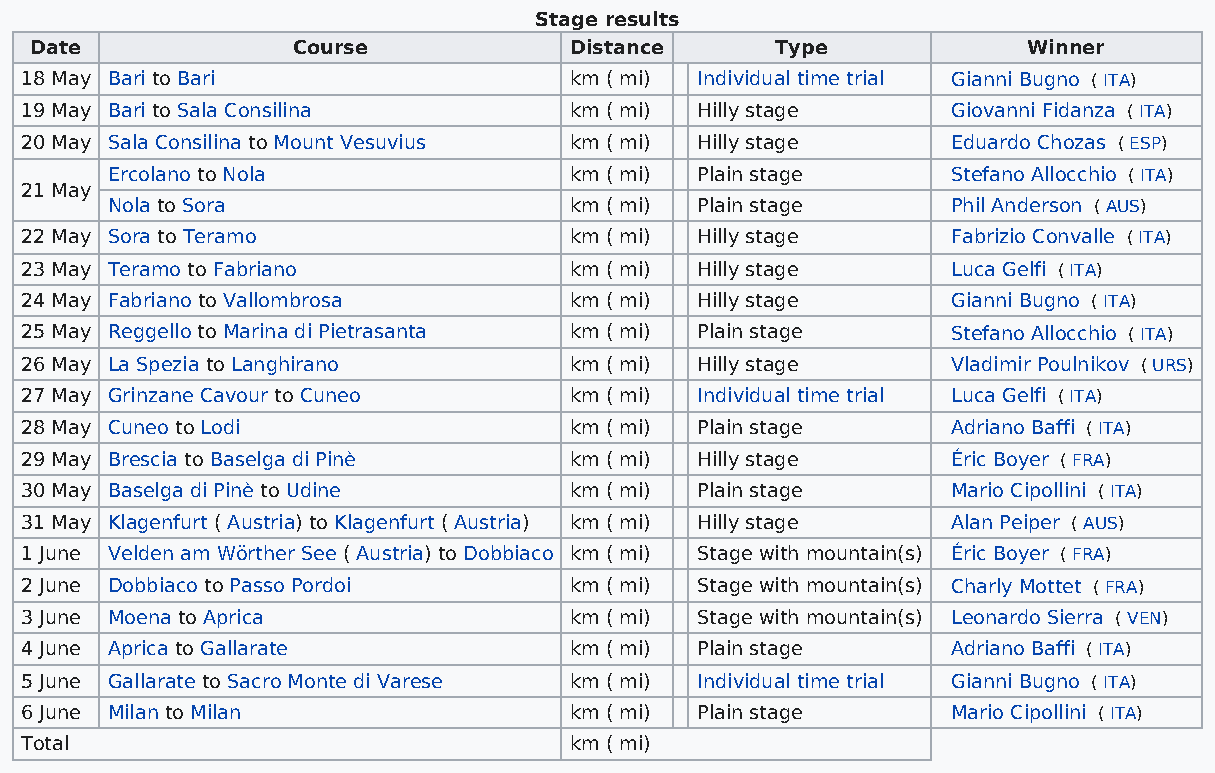
Stage results
 Date             Course             Distance     Type             Winner
 18 May Bari to Bari                  km ( mi) Individual time trial Gianni Bugno ( ITA)
 19 May Bari to Sala Consilina        km ( mi) Hilly stage     Giovanni Fidanza ( ITA)
 20 May Sala Consilina to Mount Vesuvius km ( mi) Hilly stage  Eduardo Chozas ( ESP)
 Ercolano to Nola               km ( mi) Plain stage     Stefano Allocchio ( ITA)
 21 May
 Nola to Sora                   km ( mi) Plain stage     Phil Anderson ( AUS)
 22 May Sora to Teramo                km ( mi) Hilly stage     Fabrizio Convalle ( ITA)
 23 May Teramo to Fabriano            km ( mi) Hilly stage     Luca Gelfi ( ITA)
 24 May Fabriano to Vallombrosa       km ( mi) Hilly stage     Gianni Bugno ( ITA)
 25 May Reggello to Marina di Pietrasanta km ( mi) Plain stage Stefano Allocchio ( ITA)
 26 May La Spezia to Langhirano       km ( mi) Hilly stage     Vladimir Poulnikov ( URS)
 27 May Grinzane Cavour to Cuneo      km ( mi) Individual time trial Luca Gelfi ( ITA)
 28 May Cuneo to Lodi                 km ( mi) Plain stage     Adriano Baffi ( ITA)
 29 May Brescia to Baselga di Pinè    km ( mi) Hilly stage     Éric Boyer ( FRA)
 30 May Baselga di Pinè to Udine      km ( mi) Plain stage     Mario Cipollini ( ITA)
 31 May Klagenfurt ( Austria) to Klagenfurt ( Austria) km ( mi) Hilly stage Alan Peiper ( AUS)
 1 June Velden am Wörther See ( Austria) to Dobbiaco km ( mi) Stage with mountain(s) Éric Boyer ( FRA)
 2 June Dobbiaco to Passo Pordoi      km ( mi) Stage with mountain(s) Charly Mottet ( FRA)
 3 June Moena to Aprica               km ( mi) Stage with mountain(s) Leonardo Sierra ( VEN)
 4 June Aprica to Gallarate           km ( mi) Plain stage     Adriano Baffi ( ITA)
 5 June Gallarate to Sacro Monte di Varese km ( mi) Individual time trial Gianni Bugno ( ITA)
 6 June Milan to Milan                km ( mi) Plain stage     Mario Cipollini ( ITA)
 Total                                km ( mi)